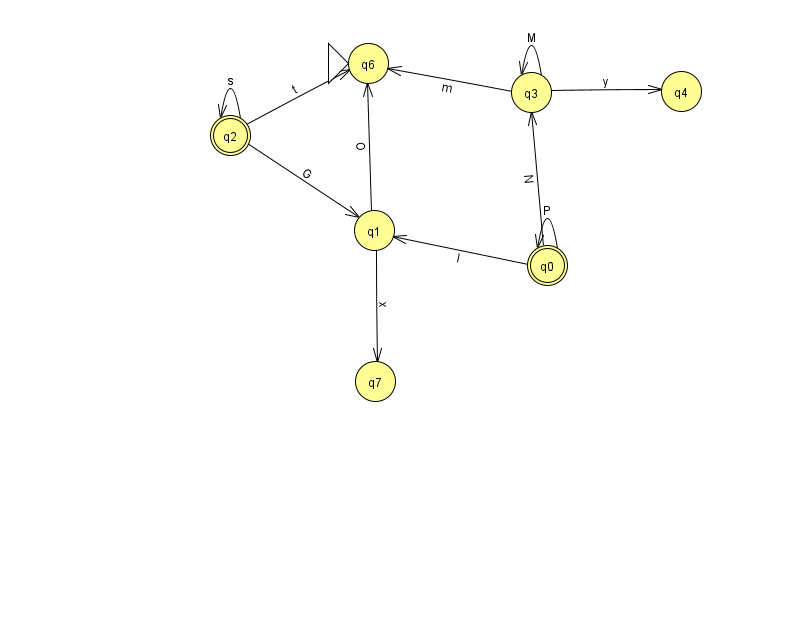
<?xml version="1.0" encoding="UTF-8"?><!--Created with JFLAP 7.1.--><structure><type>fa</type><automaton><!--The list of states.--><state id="0" name="q0"><x>547.0</x><y>252.0</y><final/></state><state id="1" name="q1"><x>374.0</x><y>217.0</y></state><state id="2" name="q2"><x>230.0</x><y>122.0</y><final/></state><state id="3" name="q3"><x>531.0</x><y>79.0</y></state><state id="4" name="q4"><x>681.0</x><y>78.0</y></state><state id="6" name="q6"><x>368.0</x><y>50.0</y><initial/></state><state id="7" name="q7"><x>375.0</x><y>368.0</y></state><!--The list of transitions.--><transition><from>0</from><to>0</to><read>P</read></transition><transition><from>0</from><to>3</to><read>N</read></transition><transition><from>3</from><to>4</to><read>y</read></transition><transition><from>2</from><to>2</to><read>s</read></transition><transition><from>2</from><to>6</to><read>t</read></transition><transition><from>1</from><to>7</to><read>x</read></transition><transition><from>1</from><to>6</to><read>O</read></transition><transition><from>3</from><to>6</to><read>m</read></transition><transition><from>2</from><to>1</to><read>G</read></transition><transition><from>3</from><to>3</to><read>M</read></transition><transition><from>0</from><to>1</to><read>l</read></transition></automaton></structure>